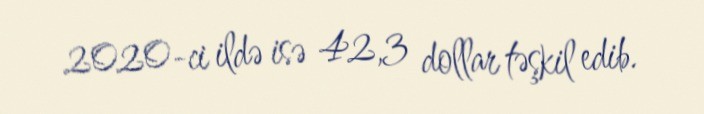
2020-ci ildə isə 42,3 dollar təşkil edib.